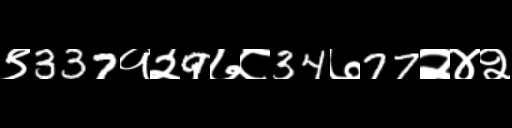
Text: ९337१२9७८34७77२४२